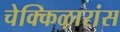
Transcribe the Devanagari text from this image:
चेक्किऴारांस